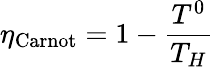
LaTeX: \eta_{\mathrm{Carnot}}=1-{\frac{T^{0}}{T_{H}}}